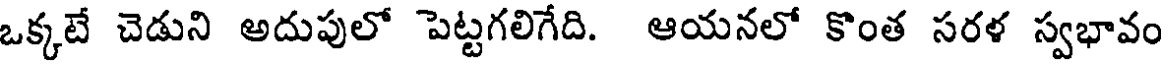
ఒక్కటే చెడుని అదుపులో పెట్టగలిగేది. ఆయనలో కొంత సరళ స్వభావం